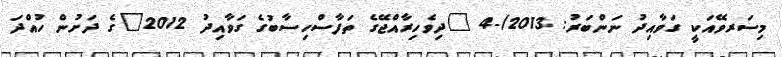
މިސަރވޭއަކީ ގަވާއިދު ނަންބަރު: 2013/-4 "ދިވެހިރާއްޖޭގެ ތަފާސްހިސާބުގެ ގަވާއިދު 2012"ގެ ދަށުން ހުއްދަ